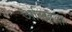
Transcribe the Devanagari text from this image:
अलिहदा